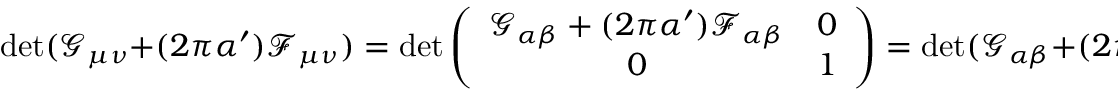
\operatorname * { d e t } ( \mathcal { G } _ { \mu \nu } + ( 2 \pi \alpha ^ { \prime } ) \mathcal { F } _ { \mu \nu } ) = \operatorname * { d e t } \left( \begin{array} { c c } { { \mathcal { G } _ { \alpha \beta } + ( 2 \pi \alpha ^ { \prime } ) \mathcal { F } _ { \alpha \beta } } } & { { 0 } } \\ { { 0 } } & { { 1 } } \end{array} \right) = \operatorname * { d e t } ( \mathcal { G } _ { \alpha \beta } + ( 2 \pi \alpha ^ { \prime } ) \mathcal { F } _ { \alpha \beta } ) .